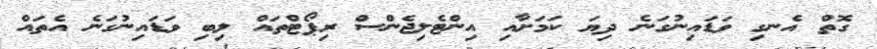
ގޮތް އެނގި ވަޑައިނުގަނެ ދިޔަ ކަމަށާއި އިންޓެލިޖެންސް ރިޕޯޓްތައް ލިބި ވަޑައިނުގަނެ އެތައް